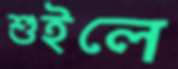
শুইলে